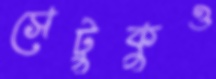
সেটুকুও